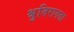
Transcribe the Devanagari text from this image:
श्रुतिरानता